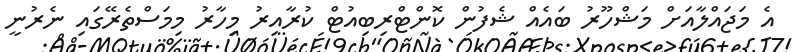
އެ މަޖައްލާއަށް މަޝްހޫރު ބައެއް ޝެފުން ކޮންޓްރިބިއުޓް ކުރާއިރު މިހާރު މިމަސްތެރޭގައި ނެރުނީ